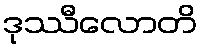
ဒုဿီလောတိ